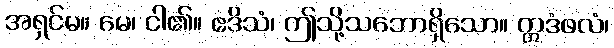
အရှင်မ။ မေ၊ ငါ၏။ ဧဒိသံ၊ ဤသို့သဘောရှိသော။ ဣဒံဖလံ၊